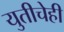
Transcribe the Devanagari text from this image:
युतीचेही